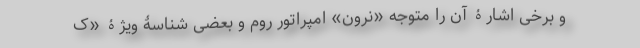
و برخی اشارۀ آن را متوجه «نرون» امپراتور روم و بعضی شناسۀ ویژۀ «ک